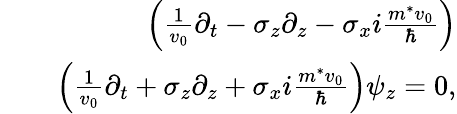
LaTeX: \begin{array}{rlr}&{}&{\left(\frac{1}{v_{0}}\partial_{t}-\sigma_{z}\partial_{z}-\sigma_{x}i\frac{m^{*}v_{0}}{\hbar}\right)}\\ &{}&{\left(\frac{1}{v_{0}}\partial_{t}+\sigma_{z}\partial_{z}+\sigma_{x}i\frac{m^{*}v_{0}}{\hbar}\right)\psi_{z}=0,}\end{array}